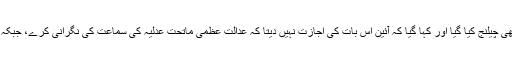
درخواستوں میں ماتحت عدلیہ کی نگرانی کے لیے جج مقرر کرنے کو بھی چیلنج کیا گیا اور کہا گیا کہ آئین اس بات کی اجازت نہیں دیتا کہ عدالت عظمیٰ ماتحت عدلیہ کی سماعت کی نگرانی کرے، جبکہ نیب عدالتوں کی نگرانی کرنا سپریم کورٹ کے دائرہ اختیار میں نہیں آتا۔